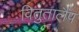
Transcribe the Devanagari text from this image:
वितुतालैप